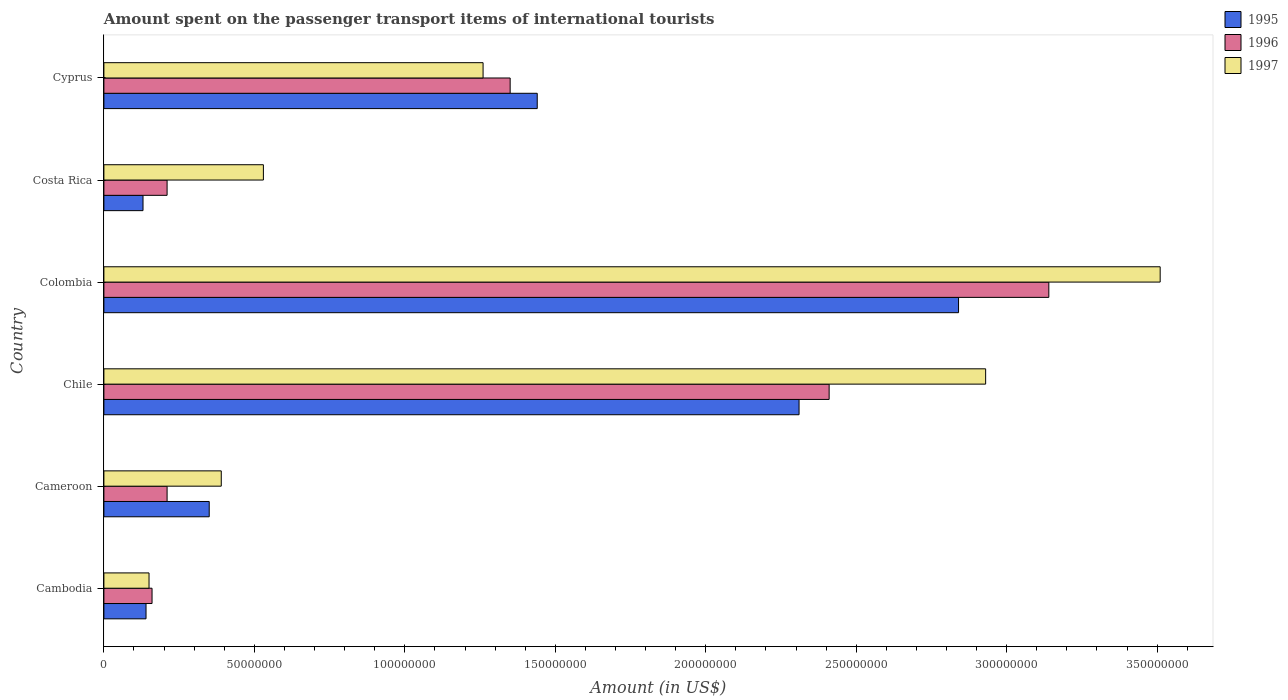
| Country | 1995 | 1996 | 1997 |
 | --- | --- | --- | --- |
 | Cambodia | 1.4e+07 | 1.6e+07 | 1.5e+07 |
 | Cameroon | 3.5e+07 | 2.1e+07 | 3.9e+07 |
 | Chile | 2.31e+08 | 2.41e+08 | 2.93e+08 |
 | Colombia | 2.84e+08 | 3.14e+08 | 3.51e+08 |
 | Costa Rica | 1.3e+07 | 2.1e+07 | 5.3e+07 |
 | Cyprus | 1.44e+08 | 1.35e+08 | 1.26e+08 |